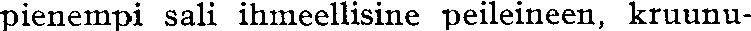
pienempi sali ihmeellisine peileineen, kruunu-